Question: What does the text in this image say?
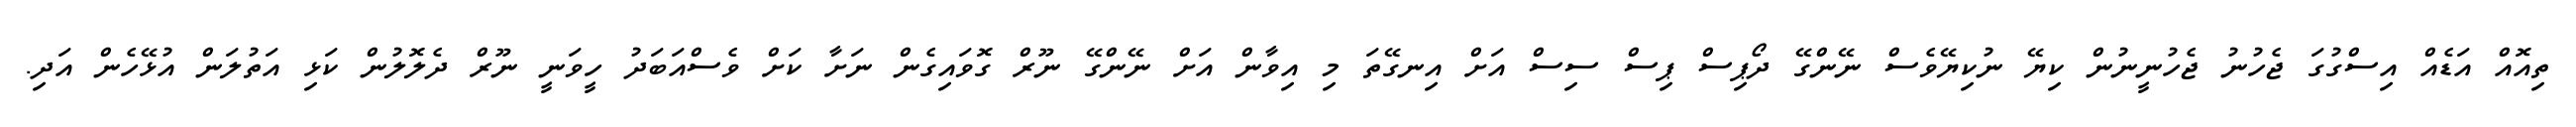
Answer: ތިއޮއް އަޑެއް އިސްގުގަ ޖެހުނު ޖެހުނީނުން ކިޔޭ ނުކިޔޭވެސް ނޭންގޭ ދޯޕިސް ޕިސް ސިސް އަށް އިނގޭތަ މި އިވާން އަށް ނޭންގޭ ނޫރް ގޮވައިގެން ނަށާ ކަށް ވެސްއަބަދު ހީވަނީ ނޫރް ދެލޮލުން ކަޅި އަތުލަން އުޅޭހެން އަދި.